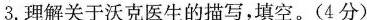
3.理解关于沃克医生的描写，填空。(4分)